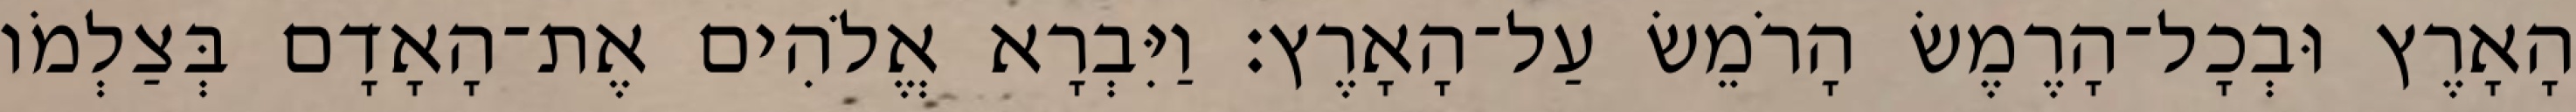
הָאָרֶץ וּבְכָל־הָרֶמֶשׂ הָרֹמֵשׂ עַל־הָאָרֶץ׃ וַיִּבְרָא אֱלֹהִים אֶת־הָאָדָם בְּצַלְמֹו